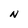
Character: N